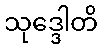
သုဒ္ဒေါတိ